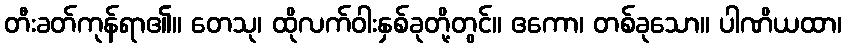
တီးခတ်ကုန်ရာ၏။ တေသု၊ ထိုလက်ဝါးနှစ်ခုတို့တွင်။ ဧကော၊ တစ်ခုသော။ ပါဏိယထာ၊